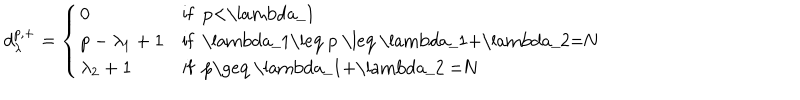
LaTeX: d _ { \lambda } ^ { p , + } = \left\{ \begin{array} { l l l } { { 0 } } & { { \mathrm { i f ~ p < \ l a m b d a _ { 1 } ~ } } } \\ { { p - \lambda _ { 1 } + 1 } } & { { \mathrm { i f ~ \ l a m b d a _ { 1 } \leq ~ p ~ \leq ~ \ l a m b d a _ { 1 } + \ l a m b d a _ { 2 } = N ~ } } } \\ { { \lambda _ { 2 } + 1 } } & { { \mathrm { i f ~ p \geq ~ \ l a m b d a _ { 1 } + \ l a m b d a _ { 2 } ~ = N ~ } } } \\ \end{array} \right.